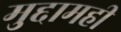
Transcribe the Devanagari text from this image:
मुद्दामही